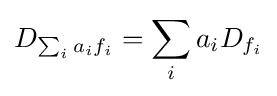
D_{\sum _{i}a_{i}f_{i}}=\sum _{i}a_{i}D_{f_{i}}